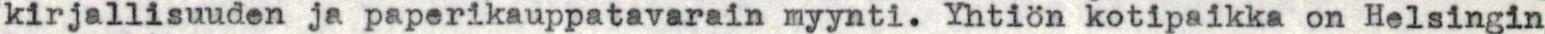
kirjallisuuden ja paperikauppatavarain myynti. Yhtiön kotipaikka on Helsingin